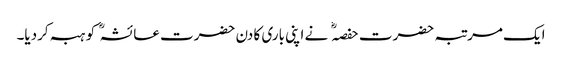
ایک مرتبہ حضرت حفصہ نے اپنی باری کا دن حضرت عائشہ کو ہبہ کردیا۔